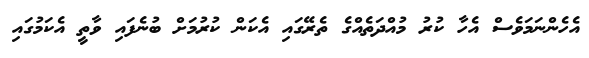
އެހެންނަމަވެސް އެހާ ކުރު މުއްދަތެއްގެ ތެރޭގައި އެކަން ކުރުމަށް ބުނެފައި ވާތީ އެކަމުގައި